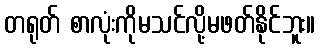
တရုတ် စာလုံးကိုမသင်လို့မဖတ်နိုင်ဘူး။